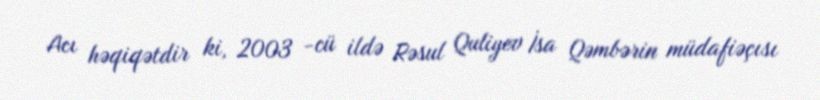
Acı həqiqətdir ki, 2003 -cü ildə Rəsul Quliyev İsa Qəmbərin müdafiəçısı